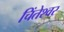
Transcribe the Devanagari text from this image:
चिंतेश्वर